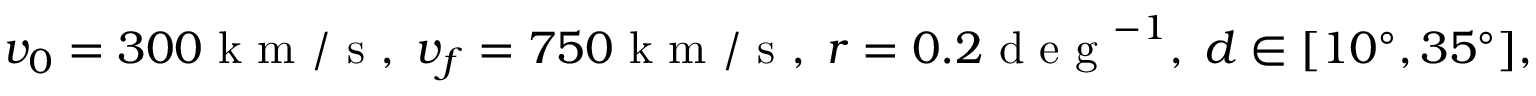
v _ { 0 } = 3 0 0 \mathrm { ~ k ~ m ~ / ~ s ~ } , \; v _ { f } = 7 5 0 \mathrm { ~ k ~ m ~ / ~ s ~ } , \; r = 0 . 2 \mathrm { ~ d ~ e ~ g ~ } ^ { - 1 } , \; d \in [ 1 0 ^ { \circ } , 3 5 ^ { \circ } ] ,